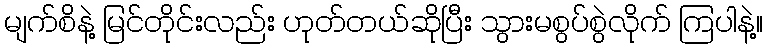
မျက်စိနဲ့ မြင်တိုင်းလည်း ဟုတ်တယ်ဆိုပြီး သွားမစွပ်စွဲလိုက် ကြပါနဲ့။